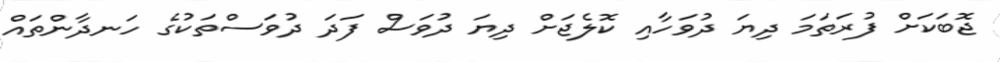
ޖޮބަކަށް ފުރަތަަަމަ ދިޔަ ދުވަހާއި ކޮލެޖަށް ދިޔަ ދުވަސް ފަދަ ދުވަސްތަކުގެ ހަނދާންތައް